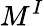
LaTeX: M^{I}